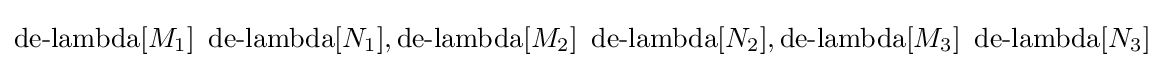
\operatorname {de-lambda} [M_{1}]\ \operatorname {de-lambda} [N_{1}],\operatorname {de-lambda} [M_{2}]\ \operatorname {de-lambda} [N_{2}],\operatorname {de-lambda} [M_{3}]\ \operatorname {de-lambda} [N_{3}]